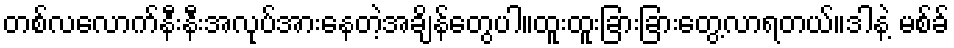
တစ်လလောက်နီးနီးအလုပ်အားနေတဲ့အချိန်တွေပါ။ထူးထူးခြားခြားတွေ့လာရတယ်။ဒါနဲ့ မစ်ခ်